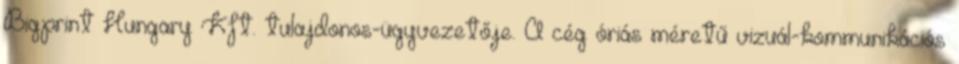
Bigprint Hungary Kft. tulajdonos-ügyvezetője. A cég óriás méretű vizuál-kommunikációs